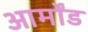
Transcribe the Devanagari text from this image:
आर्मोंड